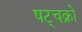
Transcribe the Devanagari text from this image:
षट्चक्रों